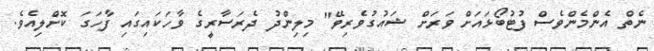
ނެތް އެންމެންވެސް ފުޓުބޯޅައަށް ވަރަށް ޝައުގުވެރިވޭ" މިލިންދު ދެރަސާރީގެ ވާހަކައިގައި ފާހަގަ ކޮށްލިއެވެ.